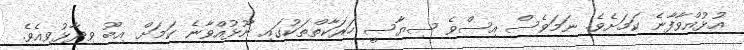
އުޅުއްވާފާނެ ކަމަށެވެ. ނަމަވެސް އިސްވެ ސިޔާސީ ހަރަކާތްތަކުގައި ނޫޅުއްވާނެ ކަމަށް އިބޫ ވިދާޅުވިއެވެ.